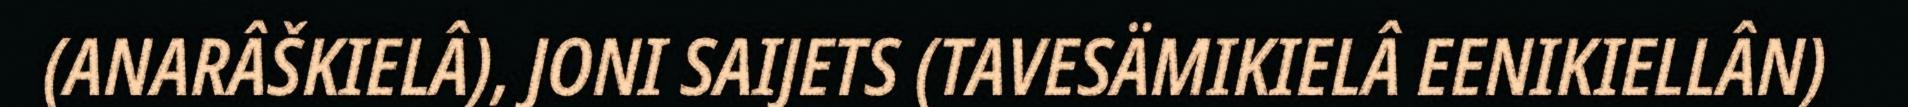
(ANARÂŠKIELÂ), JONI SAIJETS (TAVESÄMIKIELÂ EENIKIELLÂN)